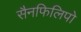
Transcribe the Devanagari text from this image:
सैनफिलिपो